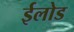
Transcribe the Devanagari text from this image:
ईलोड